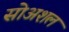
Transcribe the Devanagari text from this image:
सोअशल